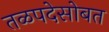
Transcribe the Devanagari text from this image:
तळपदेसोबत